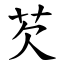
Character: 芡